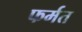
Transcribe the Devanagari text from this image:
फर्मत